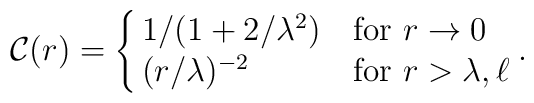
{\cal C}(r)= \cases{1 / ( 1 + 2 /\lambda^2 ) & for $r \rightarrow0$ \cr (r / \lambda)^{-2} & for $r > \lambda, \ell$} .